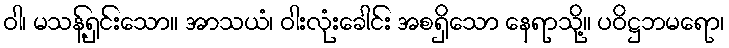
ဝါ၊ မသန့်ရှင်းသော။ အာသယံ၊ ဝါးလုံးခေါင်း အစရှိသော နေရာသို့။ ပဝိဋ္ဌဘမရော၊